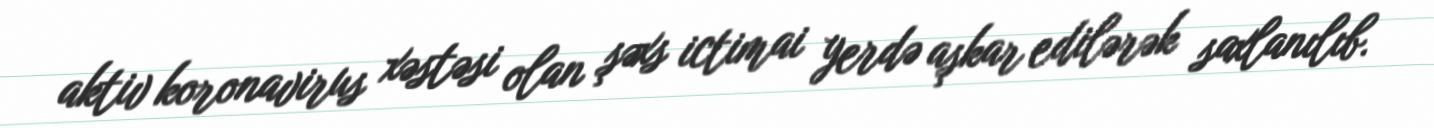
aktiv koronavirus xəstəsi olan şəxs ictimai yerdə aşkar edilərək saxlanılıb.